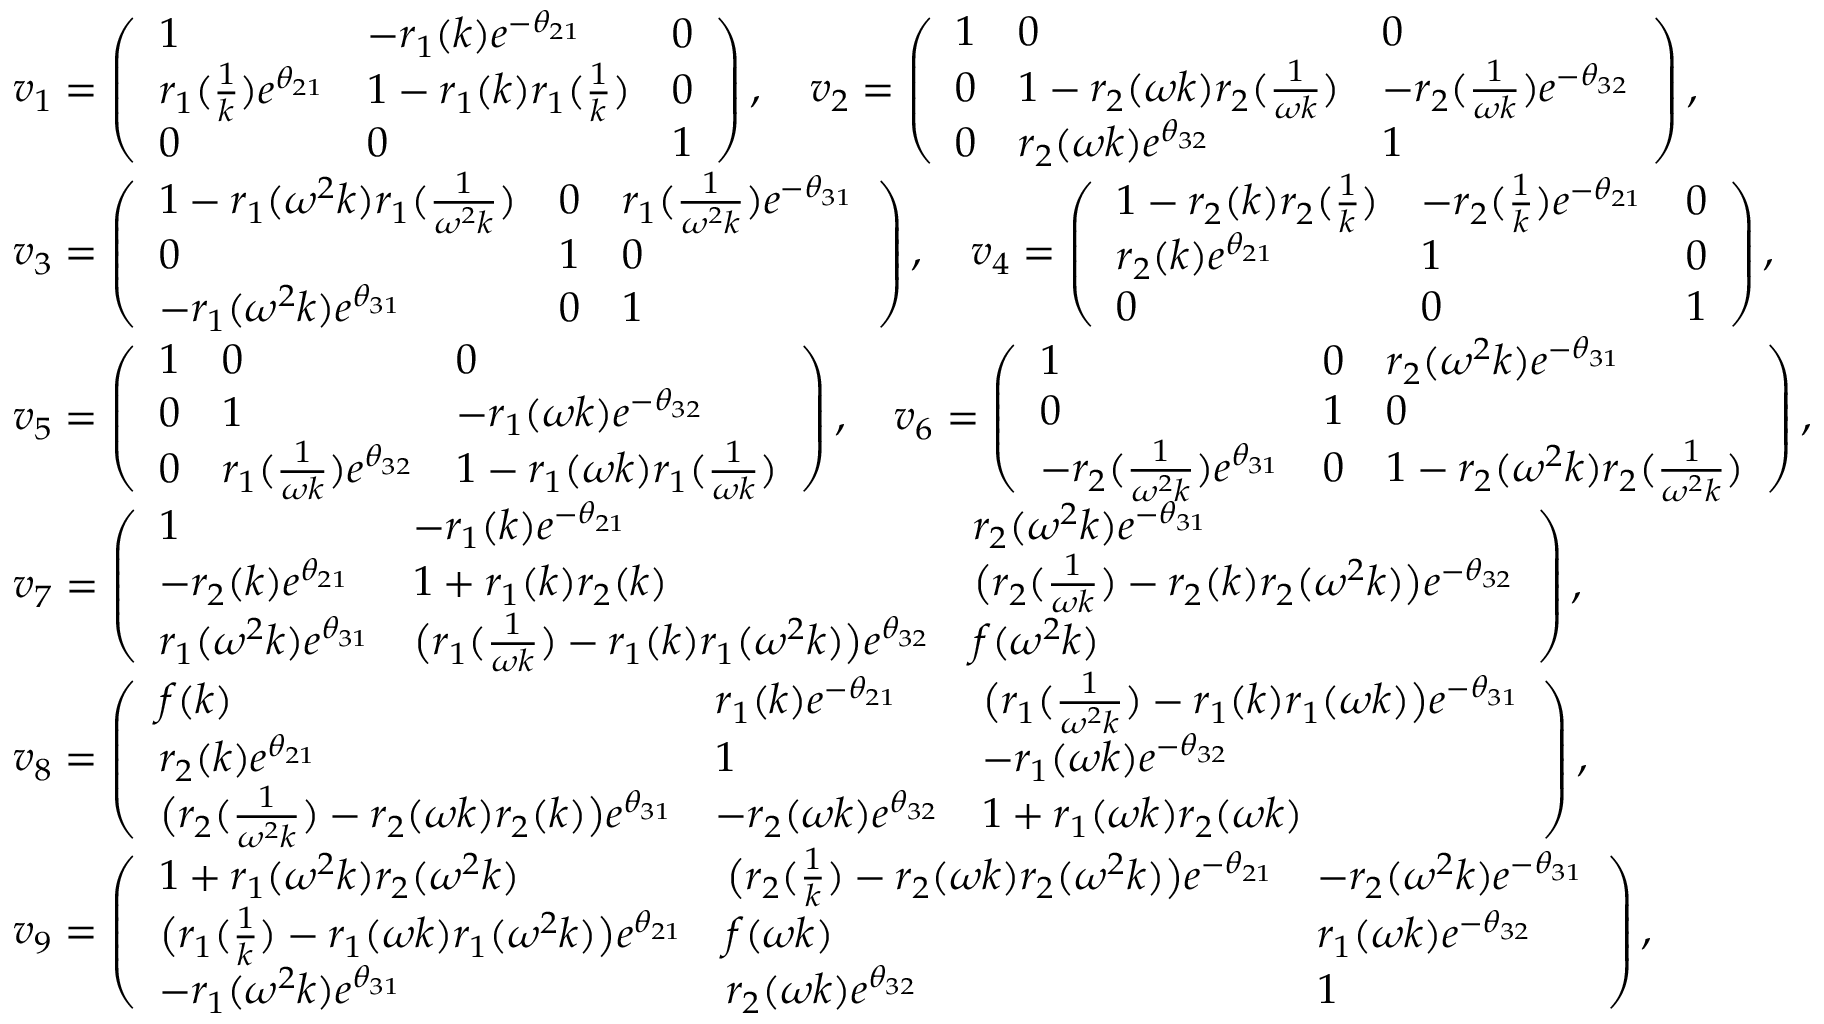
\begin{array} { r l } & { v _ { 1 } = \left( \begin{array} { l l l } { 1 } & { - r _ { 1 } ( k ) e ^ { - \theta _ { 2 1 } } } & { 0 } \\ { r _ { 1 } ( \frac { 1 } { k } ) e ^ { \theta _ { 2 1 } } } & { 1 - r _ { 1 } ( k ) r _ { 1 } ( \frac { 1 } { k } ) } & { 0 } \\ { 0 } & { 0 } & { 1 } \end{array} \right) , \quad v _ { 2 } = \left( \begin{array} { l l l } { 1 } & { 0 } & { 0 } \\ { 0 } & { 1 - r _ { 2 } ( \omega k ) r _ { 2 } ( \frac { 1 } { \omega k } ) } & { - r _ { 2 } ( \frac { 1 } { \omega k } ) e ^ { - \theta _ { 3 2 } } } \\ { 0 } & { r _ { 2 } ( \omega k ) e ^ { \theta _ { 3 2 } } } & { 1 } \end{array} \right) , } \\ & { v _ { 3 } = \left( \begin{array} { l l l } { 1 - r _ { 1 } ( \omega ^ { 2 } k ) r _ { 1 } ( \frac { 1 } { \omega ^ { 2 } k } ) } & { 0 } & { r _ { 1 } ( \frac { 1 } { \omega ^ { 2 } k } ) e ^ { - \theta _ { 3 1 } } } \\ { 0 } & { 1 } & { 0 } \\ { - r _ { 1 } ( \omega ^ { 2 } k ) e ^ { \theta _ { 3 1 } } } & { 0 } & { 1 } \end{array} \right) , \quad v _ { 4 } = \left( \begin{array} { l l l } { 1 - r _ { 2 } ( k ) r _ { 2 } ( \frac { 1 } { k } ) } & { - r _ { 2 } ( \frac { 1 } { k } ) e ^ { - \theta _ { 2 1 } } } & { 0 } \\ { r _ { 2 } ( k ) e ^ { \theta _ { 2 1 } } } & { 1 } & { 0 } \\ { 0 } & { 0 } & { 1 } \end{array} \right) , } \\ & { v _ { 5 } = \left( \begin{array} { l l l } { 1 } & { 0 } & { 0 } \\ { 0 } & { 1 } & { - r _ { 1 } ( \omega k ) e ^ { - \theta _ { 3 2 } } } \\ { 0 } & { r _ { 1 } ( \frac { 1 } { \omega k } ) e ^ { \theta _ { 3 2 } } } & { 1 - r _ { 1 } ( \omega k ) r _ { 1 } ( \frac { 1 } { \omega k } ) } \end{array} \right) , \quad v _ { 6 } = \left( \begin{array} { l l l } { 1 } & { 0 } & { r _ { 2 } ( \omega ^ { 2 } k ) e ^ { - \theta _ { 3 1 } } } \\ { 0 } & { 1 } & { 0 } \\ { - r _ { 2 } ( \frac { 1 } { \omega ^ { 2 } k } ) e ^ { \theta _ { 3 1 } } } & { 0 } & { 1 - r _ { 2 } ( \omega ^ { 2 } k ) r _ { 2 } ( \frac { 1 } { \omega ^ { 2 } k } ) } \end{array} \right) , } \\ & { v _ { 7 } = \left( \begin{array} { l l l } { 1 } & { - r _ { 1 } ( k ) e ^ { - \theta _ { 2 1 } } } & { r _ { 2 } ( \omega ^ { 2 } k ) e ^ { - \theta _ { 3 1 } } } \\ { - r _ { 2 } ( k ) e ^ { \theta _ { 2 1 } } } & { 1 + r _ { 1 } ( k ) r _ { 2 } ( k ) } & { \big ( r _ { 2 } ( \frac { 1 } { \omega k } ) - r _ { 2 } ( k ) r _ { 2 } ( \omega ^ { 2 } k ) \big ) e ^ { - \theta _ { 3 2 } } } \\ { r _ { 1 } ( \omega ^ { 2 } k ) e ^ { \theta _ { 3 1 } } } & { \big ( r _ { 1 } ( \frac { 1 } { \omega k } ) - r _ { 1 } ( k ) r _ { 1 } ( \omega ^ { 2 } k ) \big ) e ^ { \theta _ { 3 2 } } } & { f ( \omega ^ { 2 } k ) } \end{array} \right) , } \\ & { v _ { 8 } = \left( \begin{array} { l l l } { f ( k ) } & { r _ { 1 } ( k ) e ^ { - \theta _ { 2 1 } } } & { \big ( r _ { 1 } ( \frac { 1 } { \omega ^ { 2 } k } ) - r _ { 1 } ( k ) r _ { 1 } ( \omega k ) \big ) e ^ { - \theta _ { 3 1 } } } \\ { r _ { 2 } ( k ) e ^ { \theta _ { 2 1 } } } & { 1 } & { - r _ { 1 } ( \omega k ) e ^ { - \theta _ { 3 2 } } } \\ { \big ( r _ { 2 } ( \frac { 1 } { \omega ^ { 2 } k } ) - r _ { 2 } ( \omega k ) r _ { 2 } ( k ) \big ) e ^ { \theta _ { 3 1 } } } & { - r _ { 2 } ( \omega k ) e ^ { \theta _ { 3 2 } } } & { 1 + r _ { 1 } ( \omega k ) r _ { 2 } ( \omega k ) } \end{array} \right) , } \\ & { v _ { 9 } = \left( \begin{array} { l l l } { 1 + r _ { 1 } ( \omega ^ { 2 } k ) r _ { 2 } ( \omega ^ { 2 } k ) } & { \big ( r _ { 2 } ( \frac { 1 } { k } ) - r _ { 2 } ( \omega k ) r _ { 2 } ( \omega ^ { 2 } k ) \big ) e ^ { - \theta _ { 2 1 } } } & { - r _ { 2 } ( \omega ^ { 2 } k ) e ^ { - \theta _ { 3 1 } } } \\ { \big ( r _ { 1 } ( \frac { 1 } { k } ) - r _ { 1 } ( \omega k ) r _ { 1 } ( \omega ^ { 2 } k ) \big ) e ^ { \theta _ { 2 1 } } } & { f ( \omega k ) } & { r _ { 1 } ( \omega k ) e ^ { - \theta _ { 3 2 } } } \\ { - r _ { 1 } ( \omega ^ { 2 } k ) e ^ { \theta _ { 3 1 } } } & { r _ { 2 } ( \omega k ) e ^ { \theta _ { 3 2 } } } & { 1 } \end{array} \right) , } \end{array}